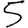
Digit: 5